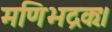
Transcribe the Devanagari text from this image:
मणिभद्रकः।